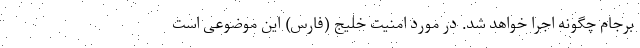
برجام چگونه اجرا خواهد شد. در مورد امنیت خلیج (فارس) این موضوعی است